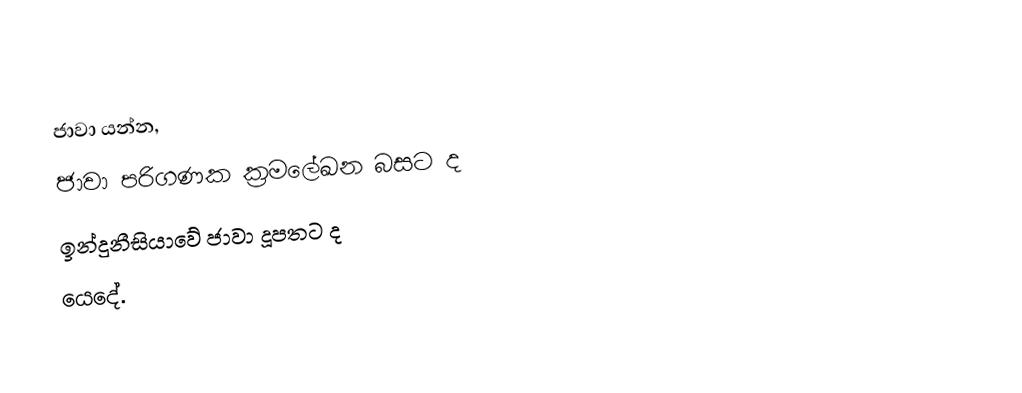
ජාවා යන්න,
  ජාවා පරිගණක ක්‍රමලේඛන බසට  ද
 ඉන්දුනීසියාවේ ජාවා දූපතට ද
යෙදේ.